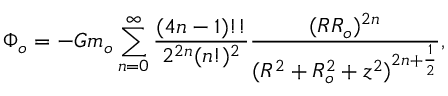
\Phi _ { o } = - G m _ { o } \sum _ { n = 0 } ^ { \infty } \frac { ( 4 n - 1 ) ! ! } { 2 ^ { 2 n } ( n ! ) ^ { 2 } } \frac { ( R R _ { o } ) ^ { 2 n } } { ( R ^ { 2 } + R _ { o } ^ { 2 } + z ^ { 2 } ) ^ { 2 n + \frac { 1 } { 2 } } } ,